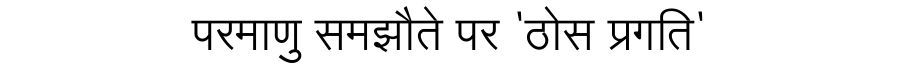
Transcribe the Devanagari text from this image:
परमाणु समझौते पर 'ठोस प्रगति'